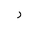
Letter: _ra